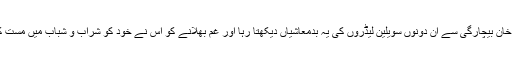
یحیی خان بیچارگی سے ان دونوں سویلین لیڈروں کی یہ بدمعاشیاں دیکھتا رہا اور غم بھلانے کو اس نے خود کو شراب و شباب میں مست کر لیا۔